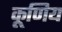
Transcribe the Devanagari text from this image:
कूणिय